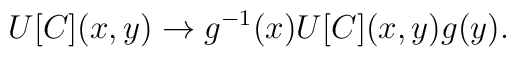
U[C](x,y)\to g^{-1}(x)U[C](x,y)g(y).